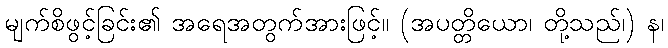
မျက်စိဖွင့်ခြင်း၏ အရေအတွက်အားဖြင့်။ (အပတ္တိယော၊ တို့သည်၊) န၊